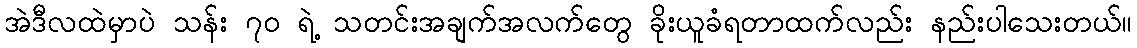
အဲဒီလထဲမှာပဲ သန်း ၇၀ ရဲ့ သတင်းအချက်အလက်တွေ ခိုးယူခံရတာထက်လည်း နည်းပါသေးတယ်။